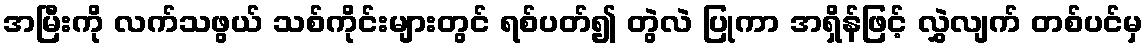
အမြီးကို လက်သဖွယ် သစ်ကိုင်းများတွင် ရစ်ပတ်၍ တွဲလဲ ပြုကာ အရှိန်ဖြင့် လွှဲလျက် တစ်ပင်မှ